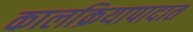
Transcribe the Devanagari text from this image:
कालक्रियापादात